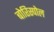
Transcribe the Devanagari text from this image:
बोरिस्पोल